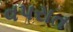
વપરાત